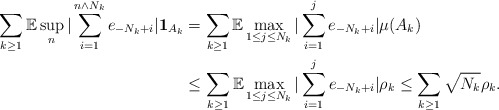
\begin{align*}\sum_{k\geq1}\mathbb{E}\sup_{n}|\sum\limits_{i=1}^{n\wedge N_{k}}e_{-N_{k}+i}|\mathbf{1}_{A_{k}} & =\sum_{k\geq1}\mathbb{E}\max_{1\leq j\leq N_{k}}|\sum\limits_{i=1}^{j}e_{-N_{k}+i}|\mu(A_{k})\\& \leq\sum_{k\geq1}\mathbb{E}\max_{1\leq j\leq N_{k}}|\sum\limits_{i=1}^{j}e_{-N_{k}+i}|\rho_{k}\leq\sum_{k\geq1}\sqrt{N_{k}}\rho_{k}.\end{align*}